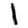
Digit: 1